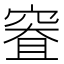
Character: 𰩐